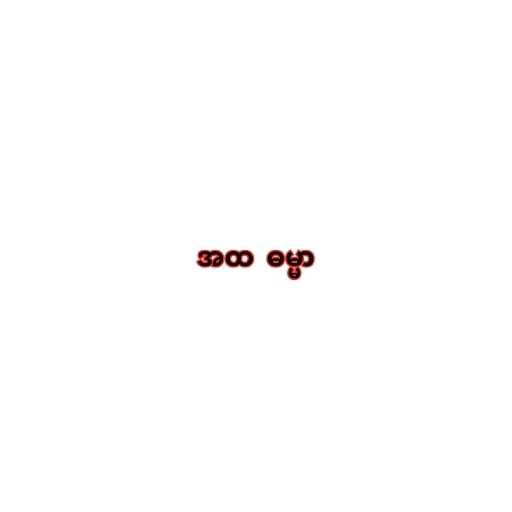
အထ  ဓမ္မာ